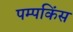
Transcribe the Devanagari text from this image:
पम्पकिंस